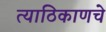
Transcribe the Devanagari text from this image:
त्याठिकाणचे